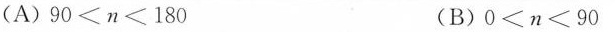
(A)$$9 0 < n < 1 8 0$$(B)$$0 ≤ n < 9 0$$